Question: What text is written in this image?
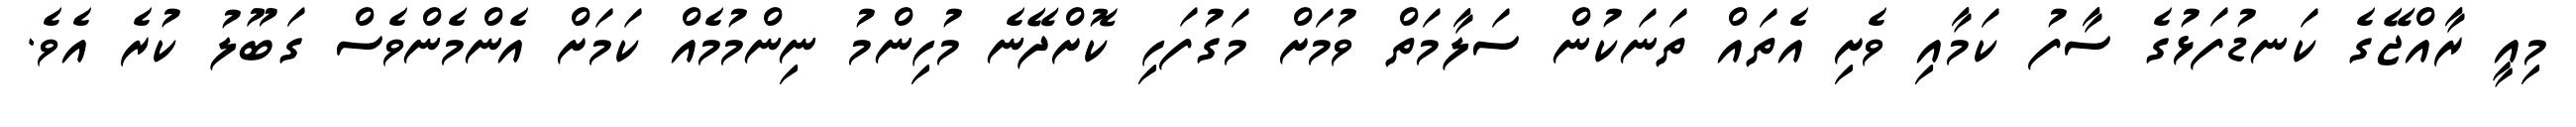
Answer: މިއީ ރާއްޖޭގެ ކަނޑުފަޅުގެ ސާފު ކަމާއި ވެށި އެތައް ތަނަކުން ސަލާމަތް ވުމަށް މަގުފަހި ކޮށްދޭނެ މުހިންމު ނިންމުމެއް ކަމަށް އެންމެންވެސް ގަބޫލު ކުރެ އެވެ.